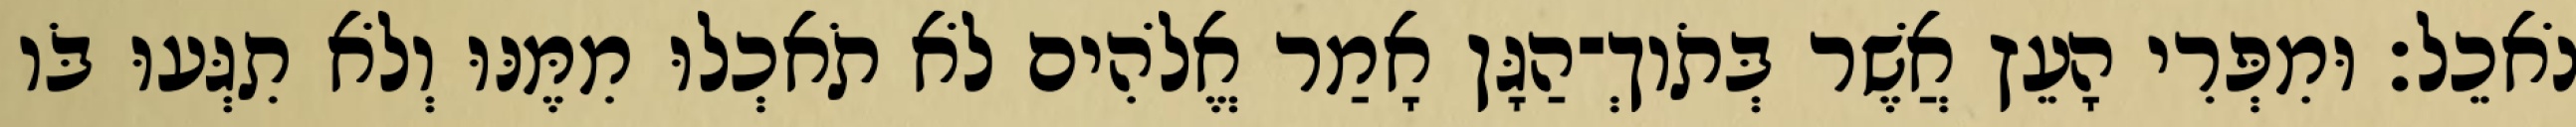
נֹאכֵל׃ וּמִפְּרִי הָעֵץ אֲשֶׁר בְּתֹוךְ־הַגָּן אָמַר אֱלֹהִים לֹא תֹאכְלוּ מִמֶּנּוּ וְלֹא תִגְּעוּ בֹּו